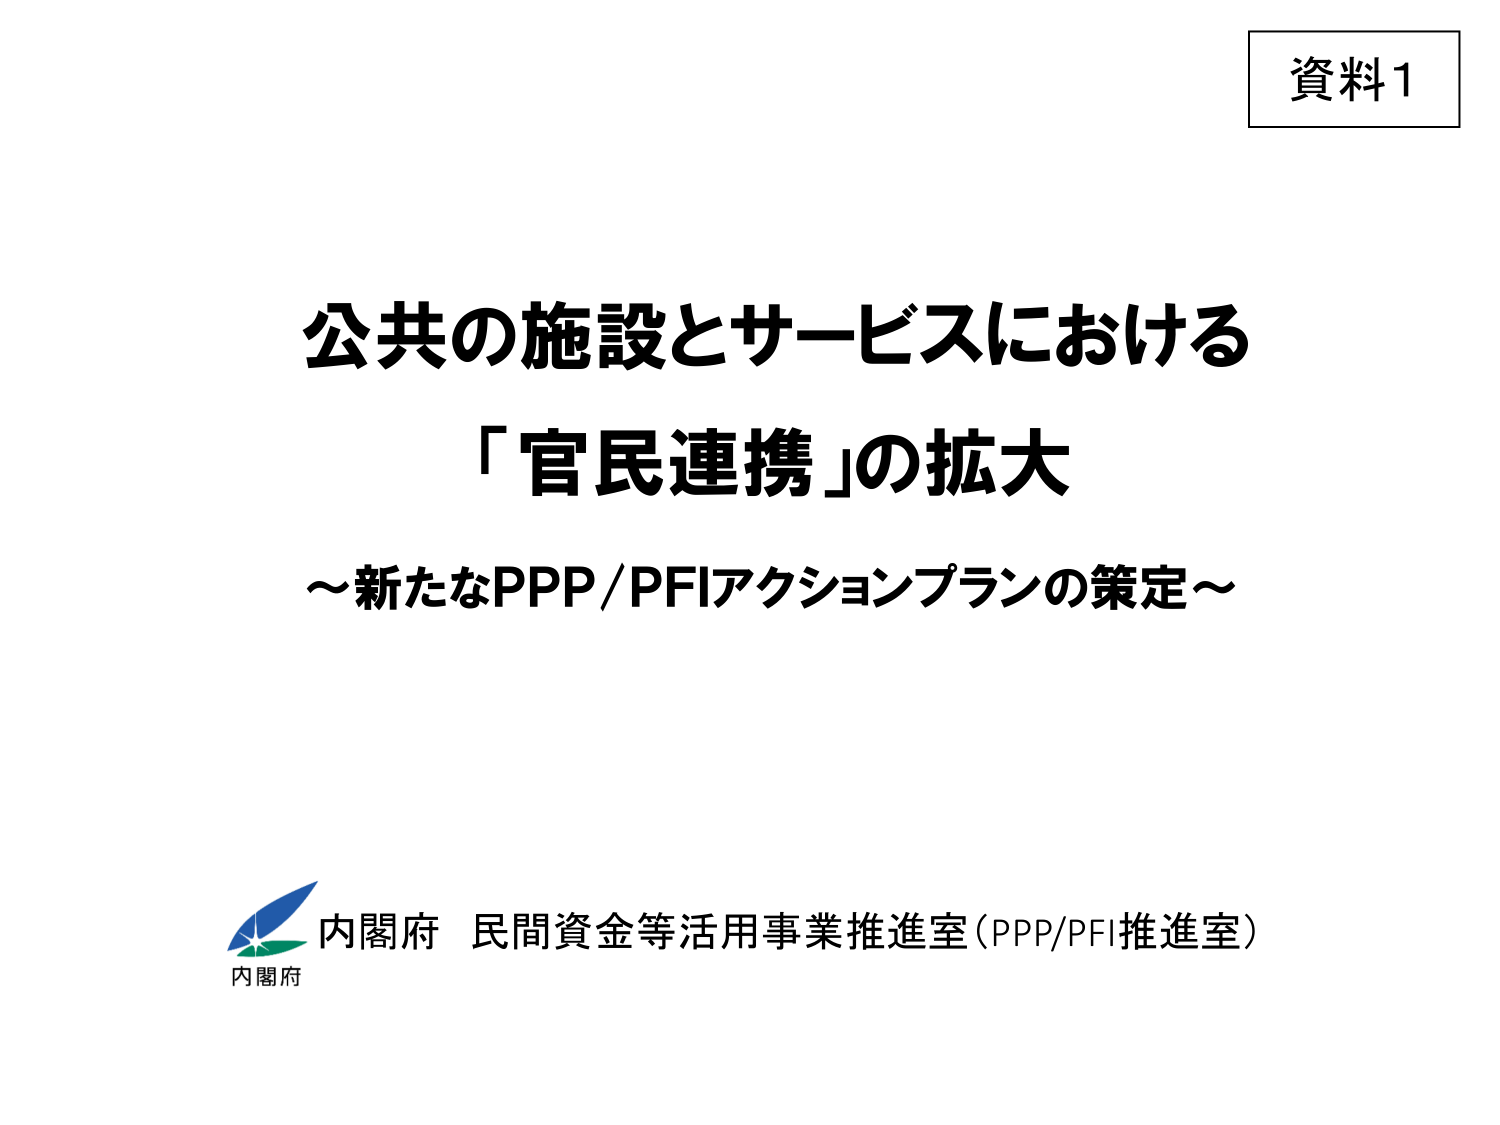
資料1

公共の施設とサービスにおける
「官民連携」の拡大
～新たなPPP/PFIアクションプランの策定～

内閣府 民間資金等活用事業推進室（PPP/PFI推進室）
内閣府